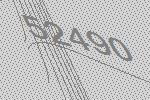
52490